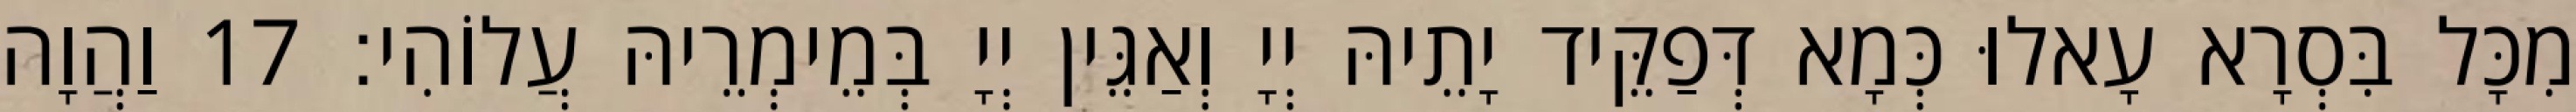
מִכָּל בִּסְרָא עָאלוּ כְּמָא דְּפַקֵּיד יָתֵיהּ יְיָ וְאַגֵּין יְיָ בְּמֵימְרֵיהּ עֲלוֹהִי׃ 17 וַהֲוָה